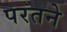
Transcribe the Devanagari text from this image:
परतने